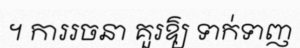
។ ការរចនា គួរឱ្យ ទាក់ទាញ